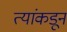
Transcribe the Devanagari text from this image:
त्यांकडून